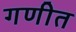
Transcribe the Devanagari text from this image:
गणीत